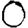
Digit: 0